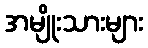
အမျိုးသားများ